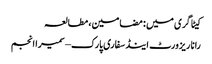
کیٹاگری میں : مضامین، مطالعہ
رانا ریزورٹ اینڈ سفاری پارک – سمیرا انجم